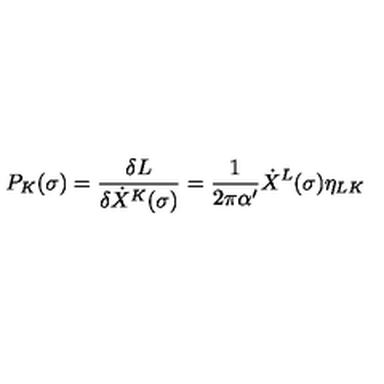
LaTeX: P _ { K } ( \sigma ) = \frac { \delta L } { \delta \dot { X } ^ { K } ( \sigma ) } = \frac { 1 } { 2 \pi \alpha ^ { \prime } } \dot { X } ^ { L } ( \sigma ) \eta _ { L K }